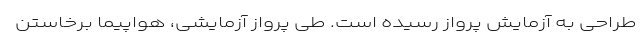
طراحی به آزمایش پرواز رسیده است. طی پرواز آزمایشی، هواپیما برخاستن